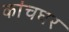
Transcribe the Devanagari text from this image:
कांचघर